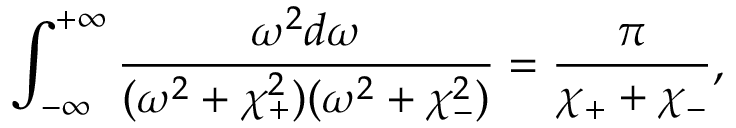
\int _ { - \infty } ^ { + \infty } \frac { \omega ^ { 2 } d \omega } { ( \omega ^ { 2 } + \chi _ { + } ^ { 2 } ) ( \omega ^ { 2 } + \chi _ { - } ^ { 2 } ) } = \frac { \pi } { \chi _ { + } + \chi _ { - } } ,